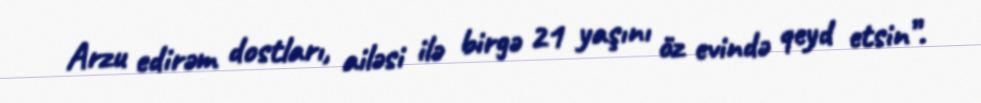
Arzu edirəm dostları, ailəsi ilə birgə 21 yaşını öz evində qeyd etsin”.